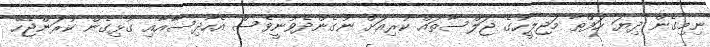
ނިމިގެން ދިޔަ ހަފްތާ މަޖިލީހުގެ ޖަލްސާތައް ކުރިއަށް ނުގެންދެވުނީވެސް އެހާދިސާއާއި ގުޅިގެން ކުރަންޖެހޭ